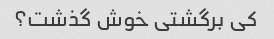
کی برگشتی خوش گذشت؟